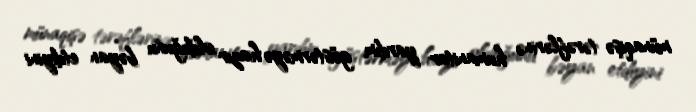
münaqişə tərəflərinə humanitar yardım göstərməyə hazır olduğunu bəyan etdiyini